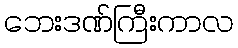
ဘေးဒဏ်ကြီးကာလ